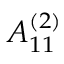
{ A } _ { 1 1 } ^ { ( 2 ) }